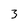
Character: 3